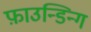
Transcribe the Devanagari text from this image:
फ़ाउन्डिन्ग